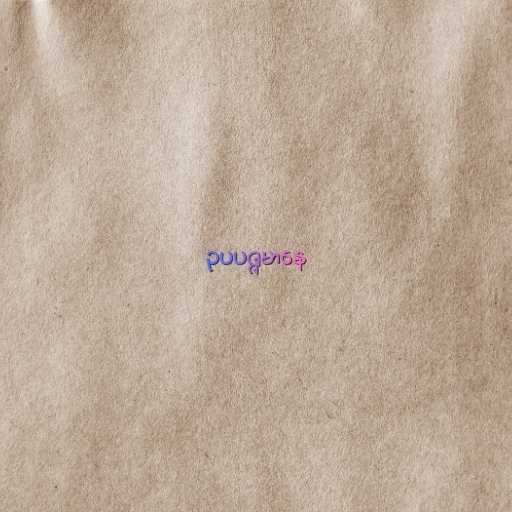
ဥပပဇ္ဇမာနေ